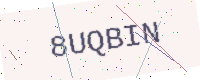
Text: 8UQBIN